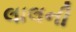
લાલની